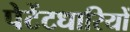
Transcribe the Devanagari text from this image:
पेटेंटधारियों